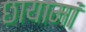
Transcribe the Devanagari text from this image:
छायामां